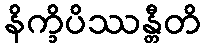
နိက္ခိပိဿန္တီတိ